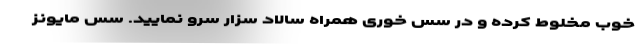
خوب مخلوط کرده و در سس خوری همراه سالاد سزار سرو نمایید. سس مایونز